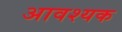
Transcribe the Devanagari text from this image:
अावश्यक